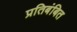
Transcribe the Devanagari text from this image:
प्रतिबंबित